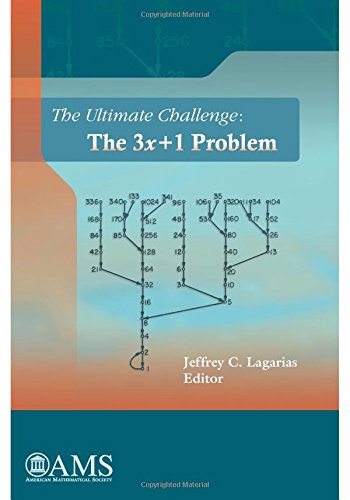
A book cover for The Ultimate Challenge: The 3x+1 Problem; Jeffrey C. Lagarias; Science & Math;